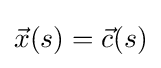
{\vec {x}}(s)={\vec {c}}(s)